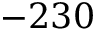
- 2 3 0